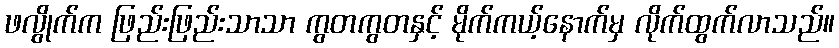
ဖလွိုက်က ဖြည်းဖြည်းသာသာ ကွတကွတနှင့် မိုက်ကယ့်နောက်မှ လိုက်ထွက်လာသည်။